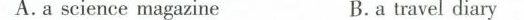
A.a science magazineB. a travel dia